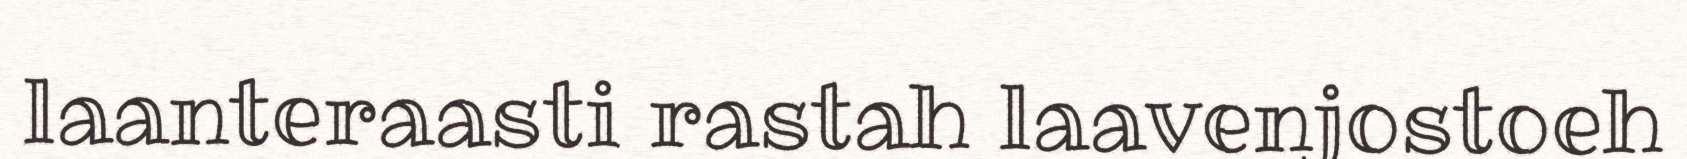
laanteraasti rastah laavenjostoeh